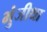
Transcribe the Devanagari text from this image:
भुंजीथा